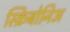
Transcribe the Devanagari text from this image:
स्क्रिबोनिअ